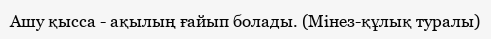
Ашу қысса - ақылың ғайып болады. (Мінез-құлық туралы)